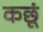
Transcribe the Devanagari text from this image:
कछूं